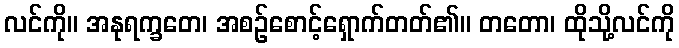
လင်ကို။ အနုရက္ခတေ၊ အစဉ်စောင့်ရှောက်တတ်၏။ တတော၊ ထိုသို့လင်ကို